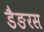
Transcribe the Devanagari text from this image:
डैङरस